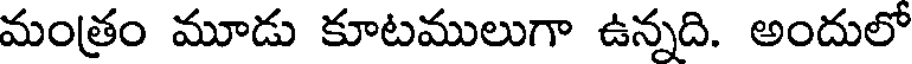
మంత్రం మూడు కూటములుగా ఉన్నది. అందులో